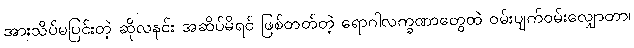
အားသိပ်မပြင်းတဲ့ ဆိုလနင်း အဆိပ်မိရင် ဖြစ်တတ်တဲ့ ရောဂါလက္ခဏာတွေထဲ ဝမ်းပျက်ဝမ်းလျှောတာ၊